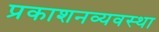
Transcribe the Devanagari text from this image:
प्रकाशनव्यवस्था